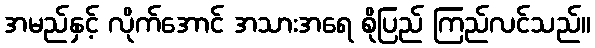
အမည်နှင့် လိုက်အောင် အသားအရေ စိုပြည် ကြည်လင်သည်။